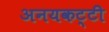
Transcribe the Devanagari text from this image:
अनयकट्टी